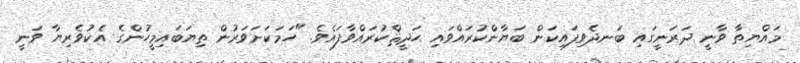
މައްޔިތާ ވާނީ ދަރަނީގައި ބަނދެވިފައިކަން ބަޔާންކުރައްވައި ޙަދީޘްކުރައްވާފައެވެ. "ހަމަކަށަވަރުން ތިޔަބައިމީހުންގެ އެކުވެރިޔާ ވަނީ